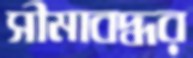
সীমাবদ্ধর